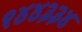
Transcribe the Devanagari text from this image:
१४४३३४